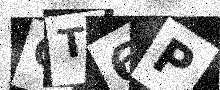
Text: OT6P